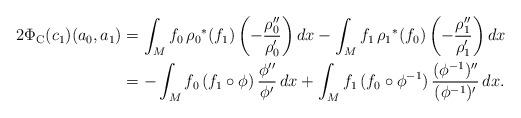
LaTeX: \begin{align*} 2\Phi_{\rm C}(c_1) (a_0, a_1)&=\int_M f_0 \,{\rho_0}^*( f_1) \left( - \frac{\rho''_0}{\rho'_0}\right) dx - \int_M f_1 \,{\rho_1}^*( f_0) \left(- \frac{\rho''_1}{\rho'_1}\right) dx \\&= -\int_M f_0 \,(f_1\circ \phi) \, \frac{\phi''}{\phi'}\, dx + \int_M f_1 \,( f_0 \circ \phi^{-1}) \, \frac{({\phi}^{-1})''}{({\phi }^{-1})'}\, dx . \end{align*}